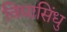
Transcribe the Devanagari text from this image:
विद्यासिंधु